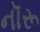
નૉરૂ